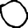
Digit: 0